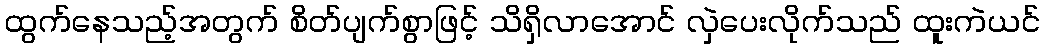
ထွက်နေသည့်အတွက် စိတ်ပျက်စွာဖြင့် သိရှိလာအောင် လှဲပေးလိုက်သည် ထူးကဲယင်